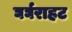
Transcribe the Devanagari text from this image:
घर्घराहट